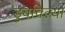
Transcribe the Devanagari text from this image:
डुबविल्या